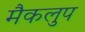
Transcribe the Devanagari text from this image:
मैकलुप